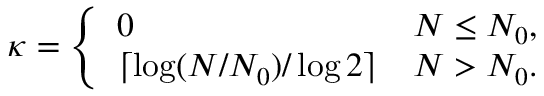
\kappa = \left\{ \begin{array} { l l } { 0 } & { N \leq N _ { 0 } , } \\ { \lceil \log ( N / N _ { 0 } ) / \log 2 \rceil } & { N > N _ { 0 } . } \end{array} \right.